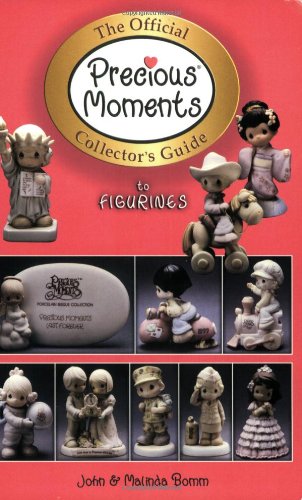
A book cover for The Official Precious Moments Collector's Guide to Figurines; Malinda Bomm; Crafts, Hobbies & Home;